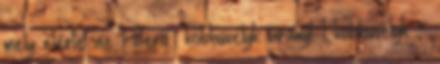
mely elérte az 1 lóerő köbhüvelyk arányt 1 köbhüvelyk =